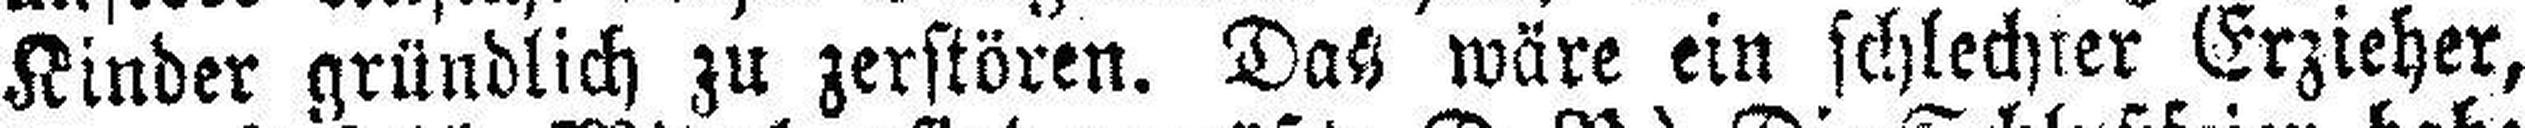
Kinder gründlich zu zerstören. Das wäre ein schlechter Erzieher,